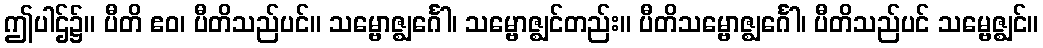
ဤပါဌ်၌။ ပီတိ ဧဝ၊ ပီတိသည်ပင်။ သမ္ဗောဇ္ဈင်္ဂေါ၊ သမ္ဗောဇ္ဈင်တည်း။ ပီတိသမ္ဗောဇ္ဈင်္ဂေါ၊ ပီတိသည်ပင် သမ္ဗေဇ္ဈင်။